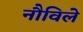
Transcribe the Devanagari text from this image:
नौविले